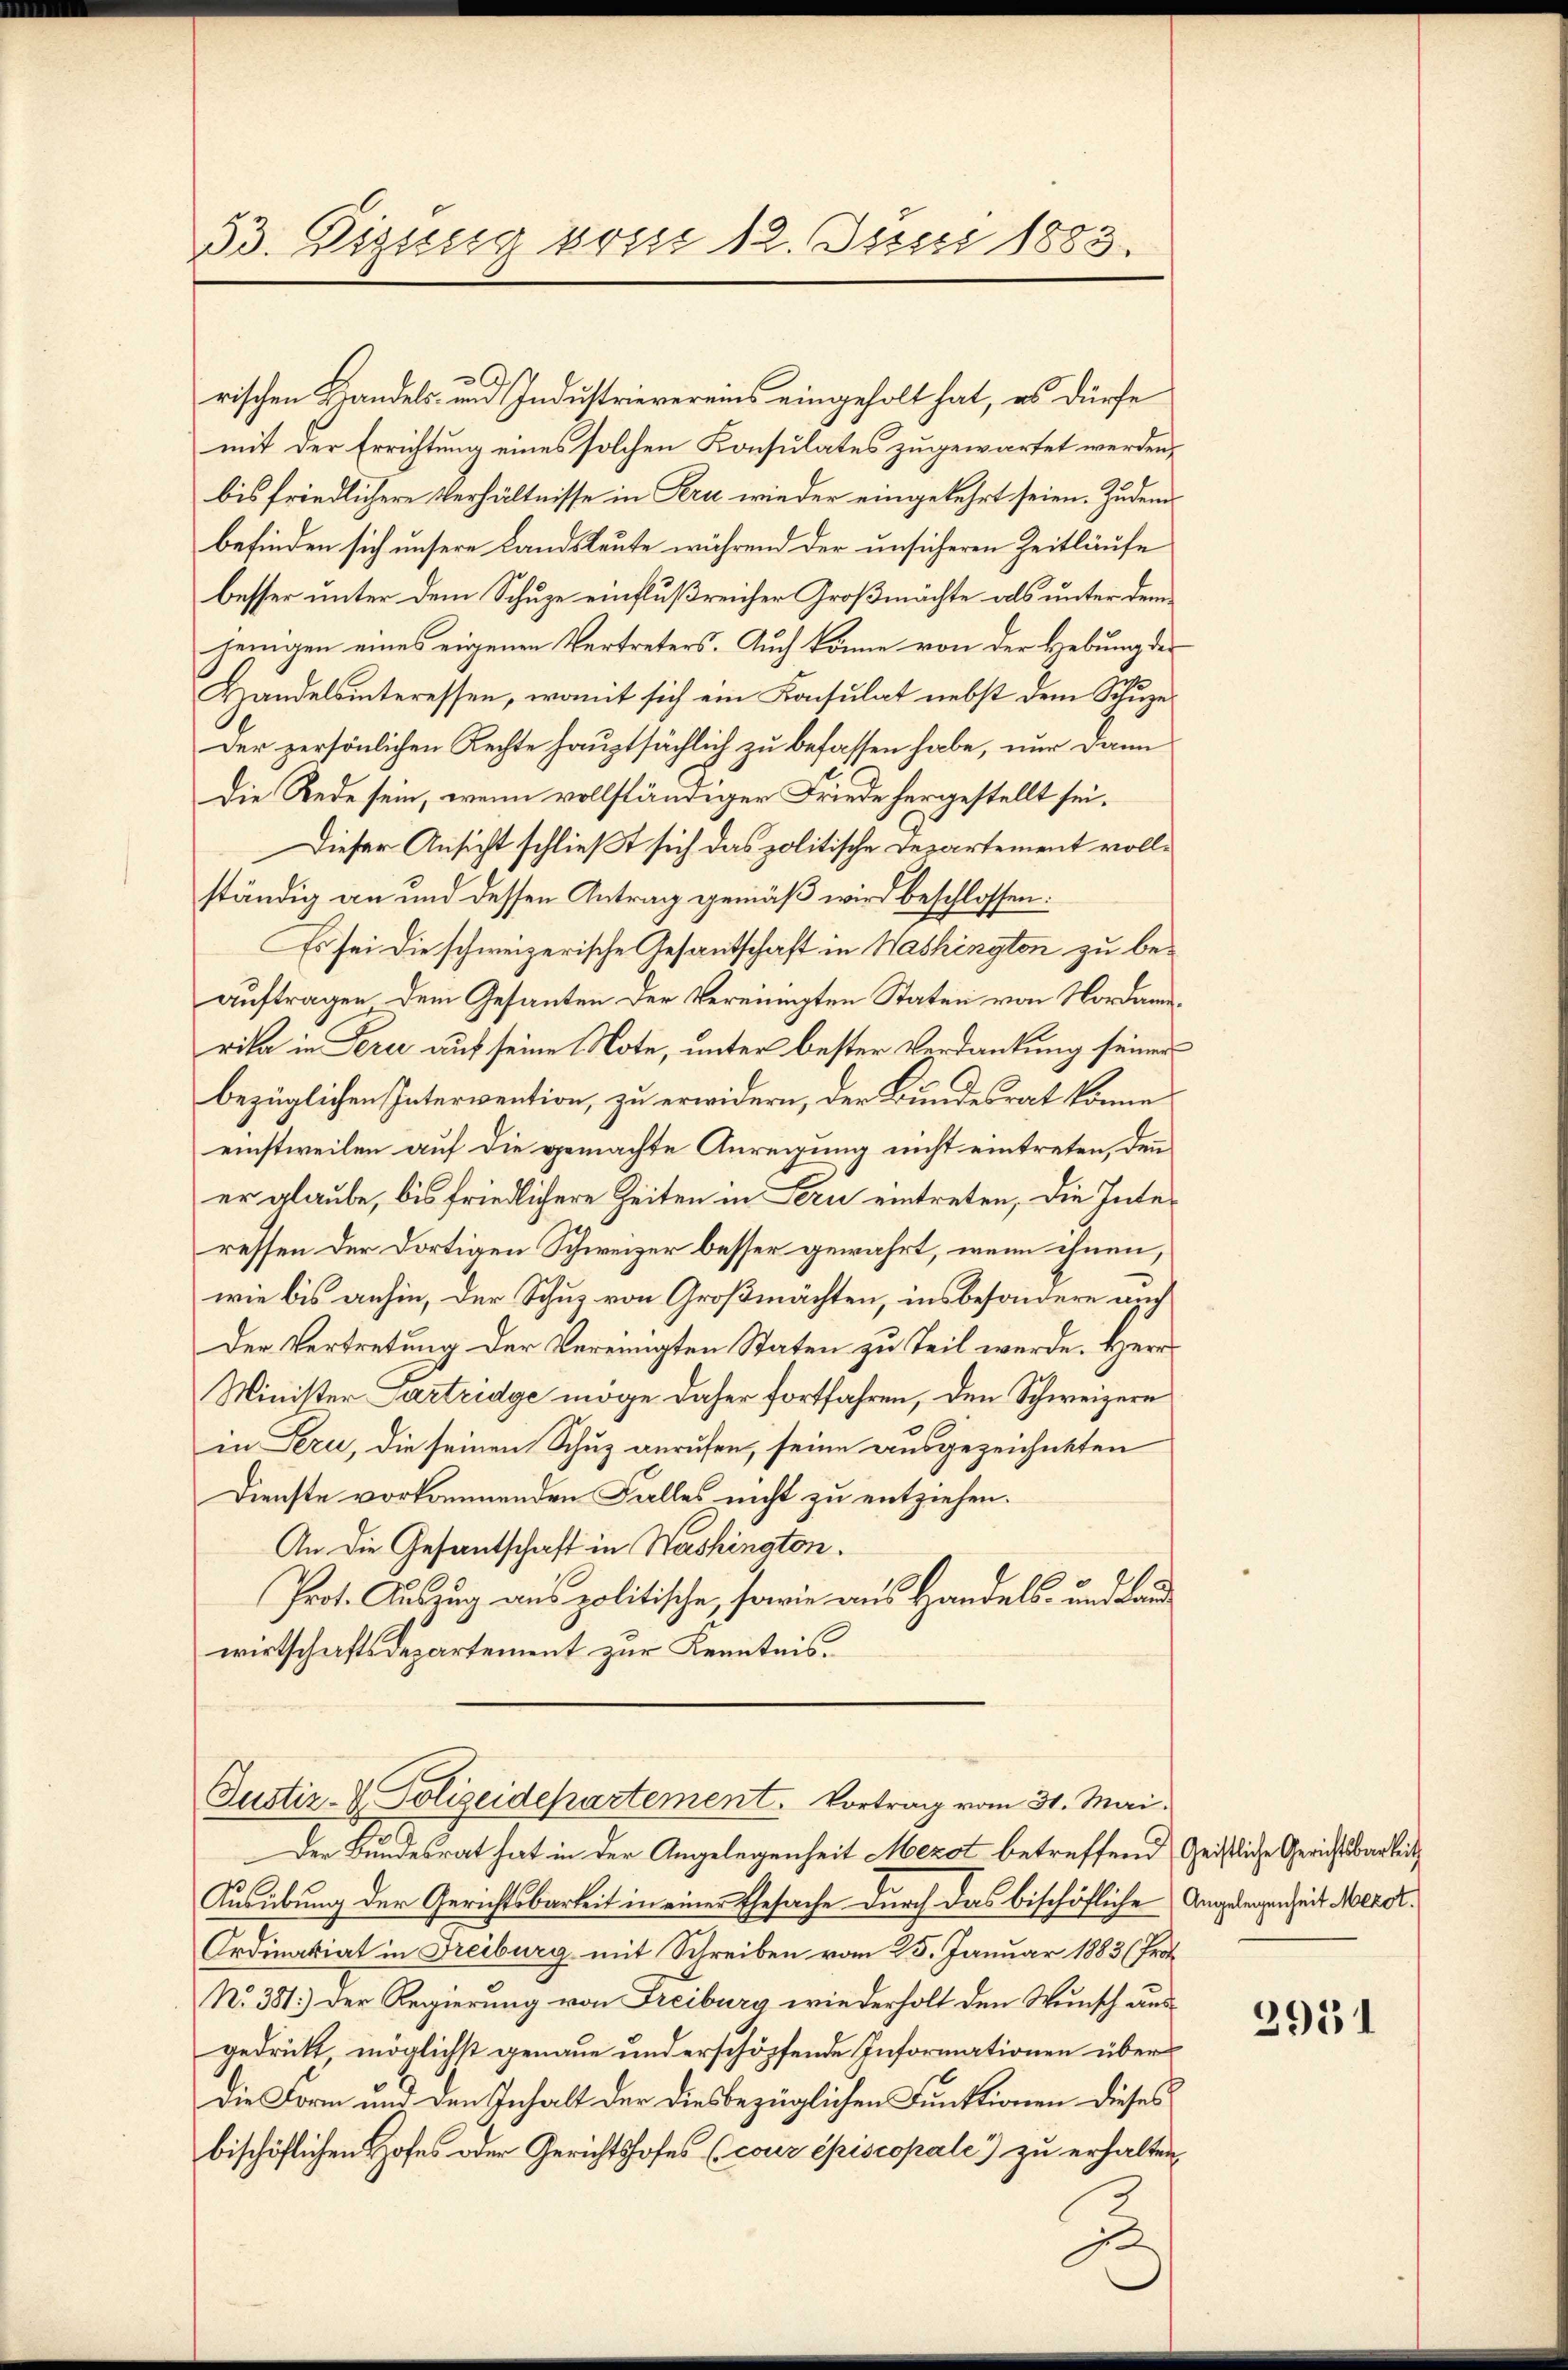
53. Digung vom 12. Juni 1883.

.
rischen Handels- und Industrievereins eingeholt hat, es dürfe
mit der Errichtung eines solchen Konsulates zugewartet werden,
bis friedlichere Verhältnisse in Kern wieder eingekehrt seien. Zudem
befinden sich unsere Landsleute während der unsicheren Zeitläufe
besser unter dem Schuze einflußreicher Großmächte als unter dem
jenigen eines eigenen Vertreters. Auch könne von der Hebung der
Handelsinteressen, womit sich ein Konsulat nebst dem Schuze¬
Der persönlichen Rechte hauptsächlich zu befassen habe, nur dann
Die Rede sein, wenn vollständiger Friede hergestellt sei.
Dieser Ansicht schließt sich das politische Departement vollständig an und dessen Antrag gemäß wird beschlossen:
Es sei die schweizerische Gesantschaft in Washington zu beauftragen dem Gesanten der Vereinigten Staten von Nordamerika in Perce auf seine Note, unter bester Verdankung seinen
bezüglichen Intervention, zu erwidern, der Bundesrat könne
einstweilen auf die gemachte Anreigung nicht eintreten, denn
er glaube, bis friedlichere Zeiten in Lern eintreten, die Interessen der dortigen Schweizer besser gewährt, wenn ihnen,
wie bis anhin, der Schuz von Großmächten, insbesondere auch
Der Vertretung der Vereinigten Staten zu Teil werde. Herr
Minister Parteidge möge daher fortfahren, den Schweizern
in Tern, die seinen Schuz anrufen, seine ausgezeichneten
Dienste vorkommenden Falles nicht zu entziehen.
An die Gesantschaft in Washington.
Prot. Auszug aus politische, sowie aus Handels- und Landwirtschaftsdepartement zur Kenntnis.

Justiz- & Polizeidepartement. Vortrag vom 31. Mai.

Der Bundesrat hat in der Angelegenheit Mezot betreffend Geistliche Gerichtsbarkeit
Ausübung der Gerichtsbarkeit in einer Ehesache durch das bischöfliche Angelegenheit Meror¬
Ordinariat in Freiburg mit Schreiben vom 25. Januar 1883 (Prot
N. 381.) Der Regierung von Freiburg wiederholt den Wunsch ausgedrückt, möglichst genaue und erschöpfende Informationen über
Die Form und den Inhalt der diesbezüglichen Funktionen dieses
bischöflichen Hofes oder Gerichtshofes (cour episcopale) zu erhalten,

C

2951